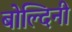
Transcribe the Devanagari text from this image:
बोल्दिनी